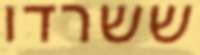
ששרדו